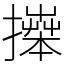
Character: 𢷎